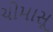
ચોમાસૂ